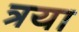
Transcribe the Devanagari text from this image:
त्रया